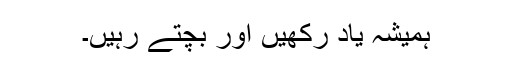
ہمیشہ یاد رکھیں اور بچتے رہیں۔